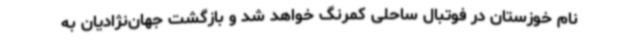
نام خوزستان در فوتبال ساحلی کمرنگ خواهد شد و بازگشت جهان‌نژادیان به